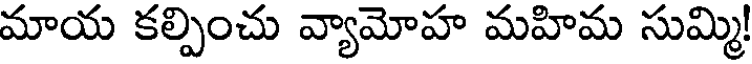
మాయ కల్పించు వ్యామోహ మహిమ సుమ్మి!